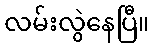
လမ်းလွဲနေပြီ။